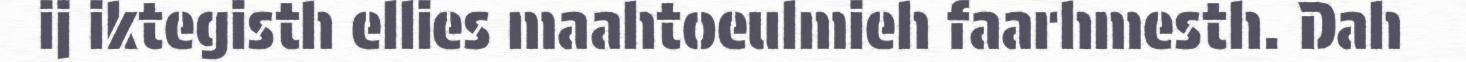
ij iktegisth ellies maahtoeulmieh faarhmesth. Dah